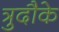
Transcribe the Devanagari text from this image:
त्रुदौके